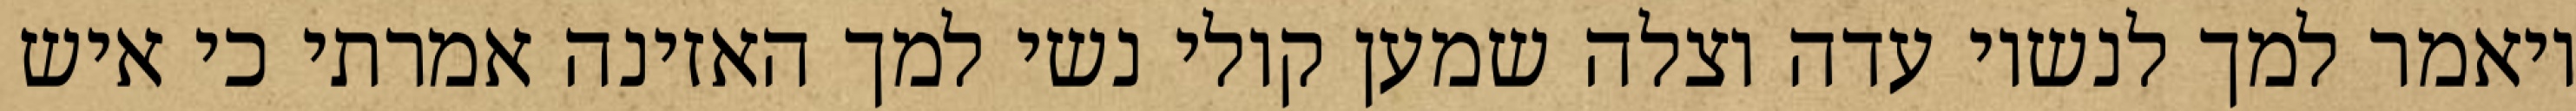
ויאמר למך לנשיו עדה וצלה שמען קולי נשי למך האזינה אמרתי כי איש